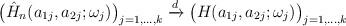
LaTeX: \begin{align*} \bigl(\hat H_n(a_{1j},a_{2j};\omega_j) \bigr)_{j=1,\ldots,k} \xrightarrow{d} \bigl(H(a_{1j},a_{2j};\omega_j) \bigr)_{j=1,\ldots,k}\end{align*}